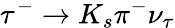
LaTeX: \tau^{-}\to K_{s}\pi^{-}\nu_{\tau}